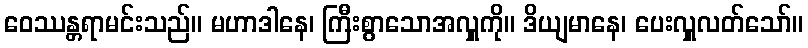
ဝေဿန္တရာမင်းသည်။ မဟာဒါနေ၊ ကြီးစွာသောအလှူကို။ ဒိယျမာနေ၊ ပေးလှူလတ်သော်။